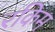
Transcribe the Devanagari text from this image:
रकिम